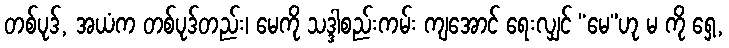
တစ်ပုဒ်, အယံက တစ်ပုဒ်တည်း၊ မေကို သဒ္ဒါစည်းကမ်း ကျအောင် ရေးလျှင် “မေ”ဟု မ ကို ရှေ့,